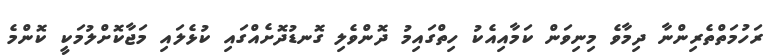
ރަހުމަތްތެރިންނާ ދިމާވެ މިނިވަން ކަމާއިއެކު ހިތްގައިމު ދޮންވެލި ގޮނޑުދޮށެއްގައި ކުޅެލައި މަޖާކޮށްލުމަކީ ކޮންމެ